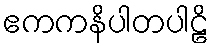
ဧကကနိပါတပါဠိ